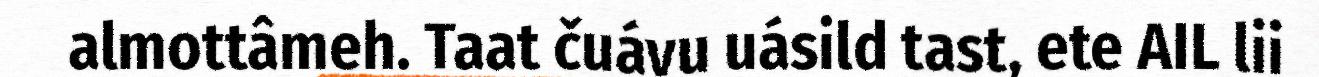
almottâmeh. Taat čuávu uásild tast, ete AIL lii